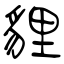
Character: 貍